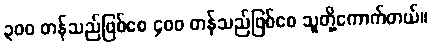
၃၀၀ တန်သည်ဖြစ်စေ ၄၀၀ တန်သည်ဖြစ်စေ သူတို့ကောက်တယ်။